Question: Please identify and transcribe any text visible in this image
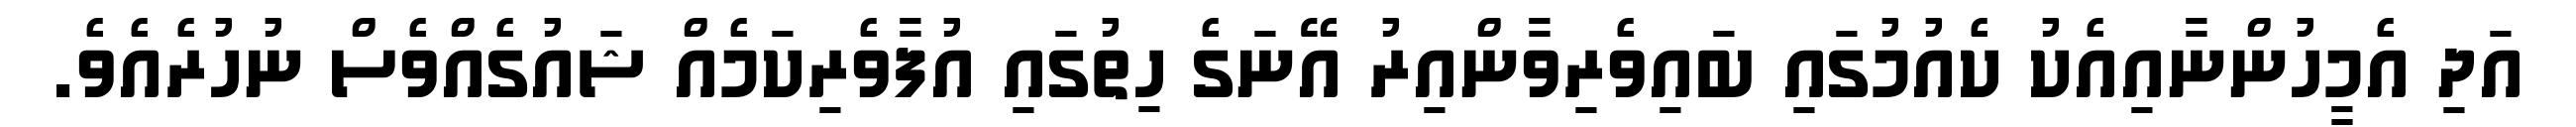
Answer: އަދި އެމީހުންނާއިއެކު ކެއުމުގައި ބައިވެރިވާންއިރު އޭނަގެ ހިތުގައި އުފާވެރިކަމެއް ޝައުގެއްވެސް ނުހުރެއެވެ.